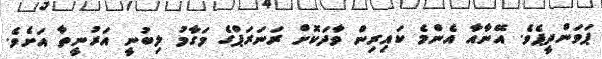
ޕަވަންދީޕެވެ. އޭނާއާ އެންމެ ކައިރިން ވާދަކޮށް ރަނަރަޕްގެ މަގާމު ލިބުނީ އަރުނީތާ އަށެވެ.